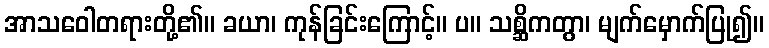
အာသဝေါတရားတို့၏။ ခယာ၊ ကုန်ခြင်းကြောင့်။ ပ။ သစ္ဆိကတွာ၊ မျက်မှောက်ပြု၍။